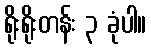
ရိုးရိုးတန်း ၃ ခုံပါ။